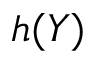
h ( Y )